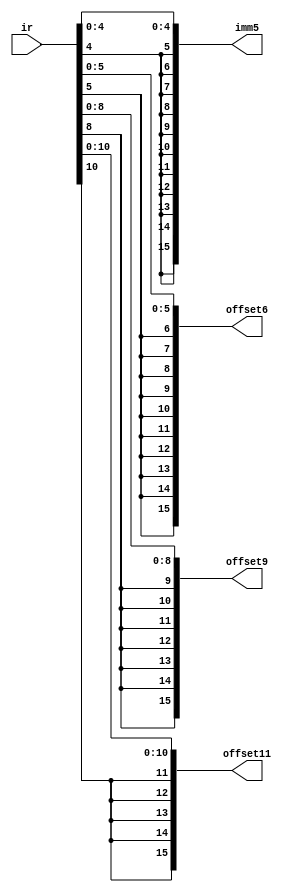
module sext( // sign extension
    input  [15:0] ir,
    output [15:0] imm5,
    output [15:0] offset6,
    output [15:0] offset9,
    output [15:0] offset11
);
    assign offset11  = { {  5{ir[10] } }, ir[10:0] };
    assign offset9   = { {  7{ir[ 8] } }, ir[ 8:0] };
    assign offset6   = { { 10{ir[ 5] } }, ir[ 5:0] };
    assign imm5      = { { 11{ir[ 4] } }, ir[ 4:0] };
endmodule